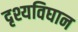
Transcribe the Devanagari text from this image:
दृश्यविघान